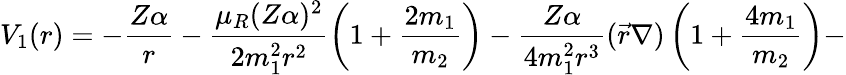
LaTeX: V_{1}(r)=-\frac{Z\alpha}{r}-\frac{\mu_{R}(Z\alpha)^{2}}{2m_{1}^{2}r^{2}}\left(1+\frac{2m_{1}}{m_{2}}\right)-\frac{Z\alpha}{4m_{1}^{2}r^{3}}(\vec{r}\nabla)\left(1+\frac{4m_{1}}{m_{2}}\right)-